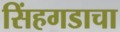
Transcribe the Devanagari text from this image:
सिंहगडाचा